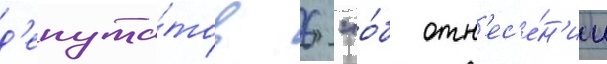
д'епута́тов 6 "о́б отн'ес'е́н'ии